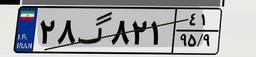
۲۸گ۸۲۱۴۱